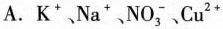
A. K^{+}、Na^{+}、NO_{3}^{-}、Cu^{2+}